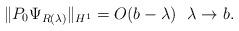
LaTeX: \begin{align*}\|P_0\Psi_{R(\lambda)}\|_{H^1}=O(b-\lambda)~~\lambda\to b. \end{align*}